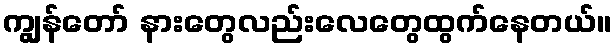
ကျွန်တော် နားတွေလည်းလေတွေထွက်နေတယ်။